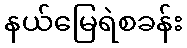
နယ်မြေရဲစခန်း